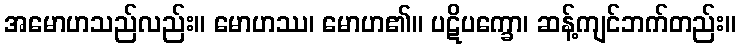
အမောဟသည်လည်း။ မောဟဿ၊ မောဟ၏။ ပဋိပက္ခော၊ ဆန့်ကျင်ဘက်တည်း။